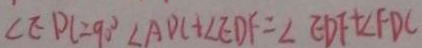
\angle E D C = 9 0 ^ { \circ } \angle A D C + \angle E D F = \angle E D F + \angle F D C